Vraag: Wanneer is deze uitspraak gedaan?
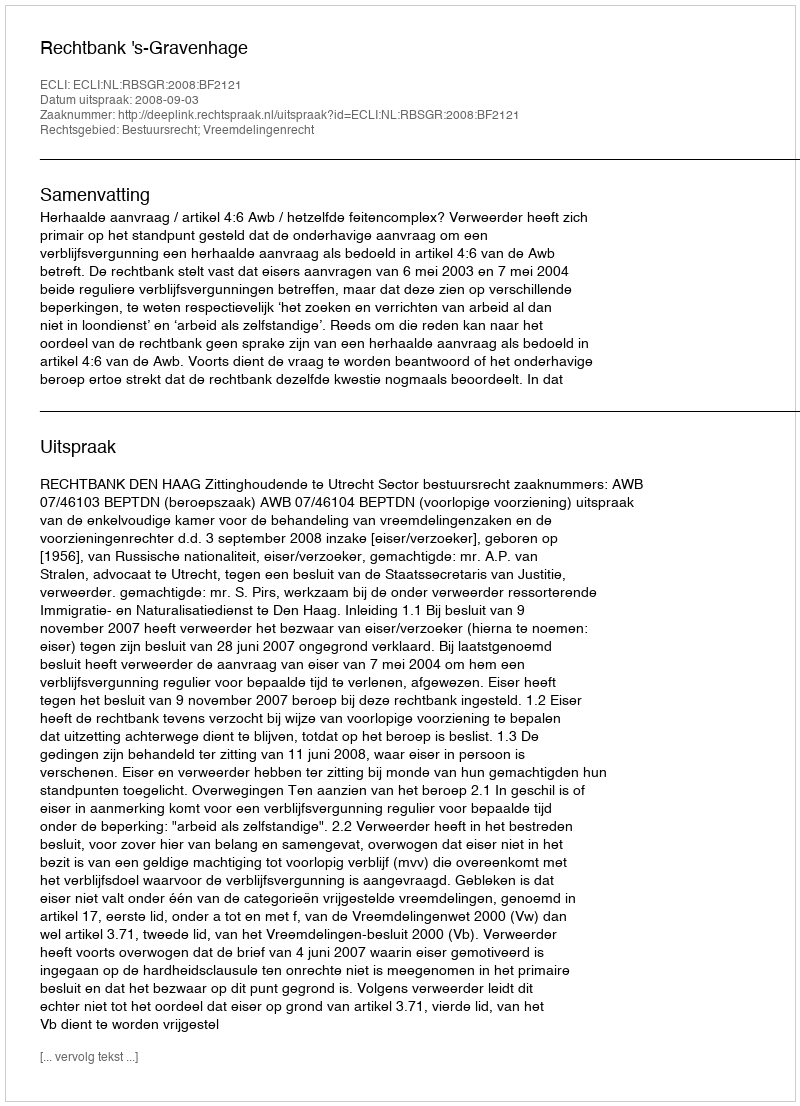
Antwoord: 2008-09-03